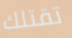
تقتلك